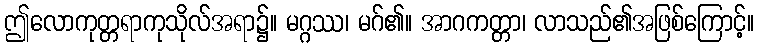
ဤလောကုတ္တရာကုသိုလ်အရာ၌။ မဂ္ဂဿ၊ မဂ်၏။ အာဂကတ္တာ၊ လာသည်၏အဖြစ်ကြောင့်။